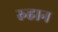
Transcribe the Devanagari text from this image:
रुहान